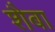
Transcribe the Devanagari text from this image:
शैबा